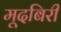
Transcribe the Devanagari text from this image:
मूदबिरी